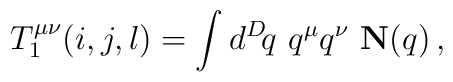
T_1^{\mu\nu}(i,j,l) = \int d^D\! q\,\, q^\mu q^\nu \,\, {\bf N}(q)\,,